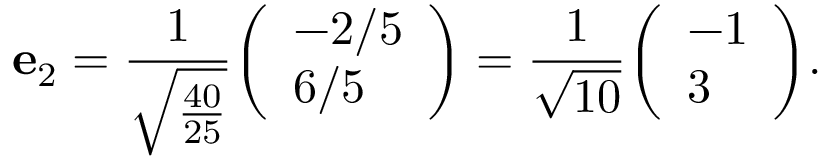
\mathbf { e } _ { 2 } = { \frac { 1 } { \sqrt { \frac { 4 0 } { 2 5 } } } } { \left( \begin{array} { l } { - 2 / 5 } \\ { 6 / 5 } \end{array} \right) } = { \frac { 1 } { \sqrt { 1 0 } } } { \left( \begin{array} { l } { - 1 } \\ { 3 } \end{array} \right) } .